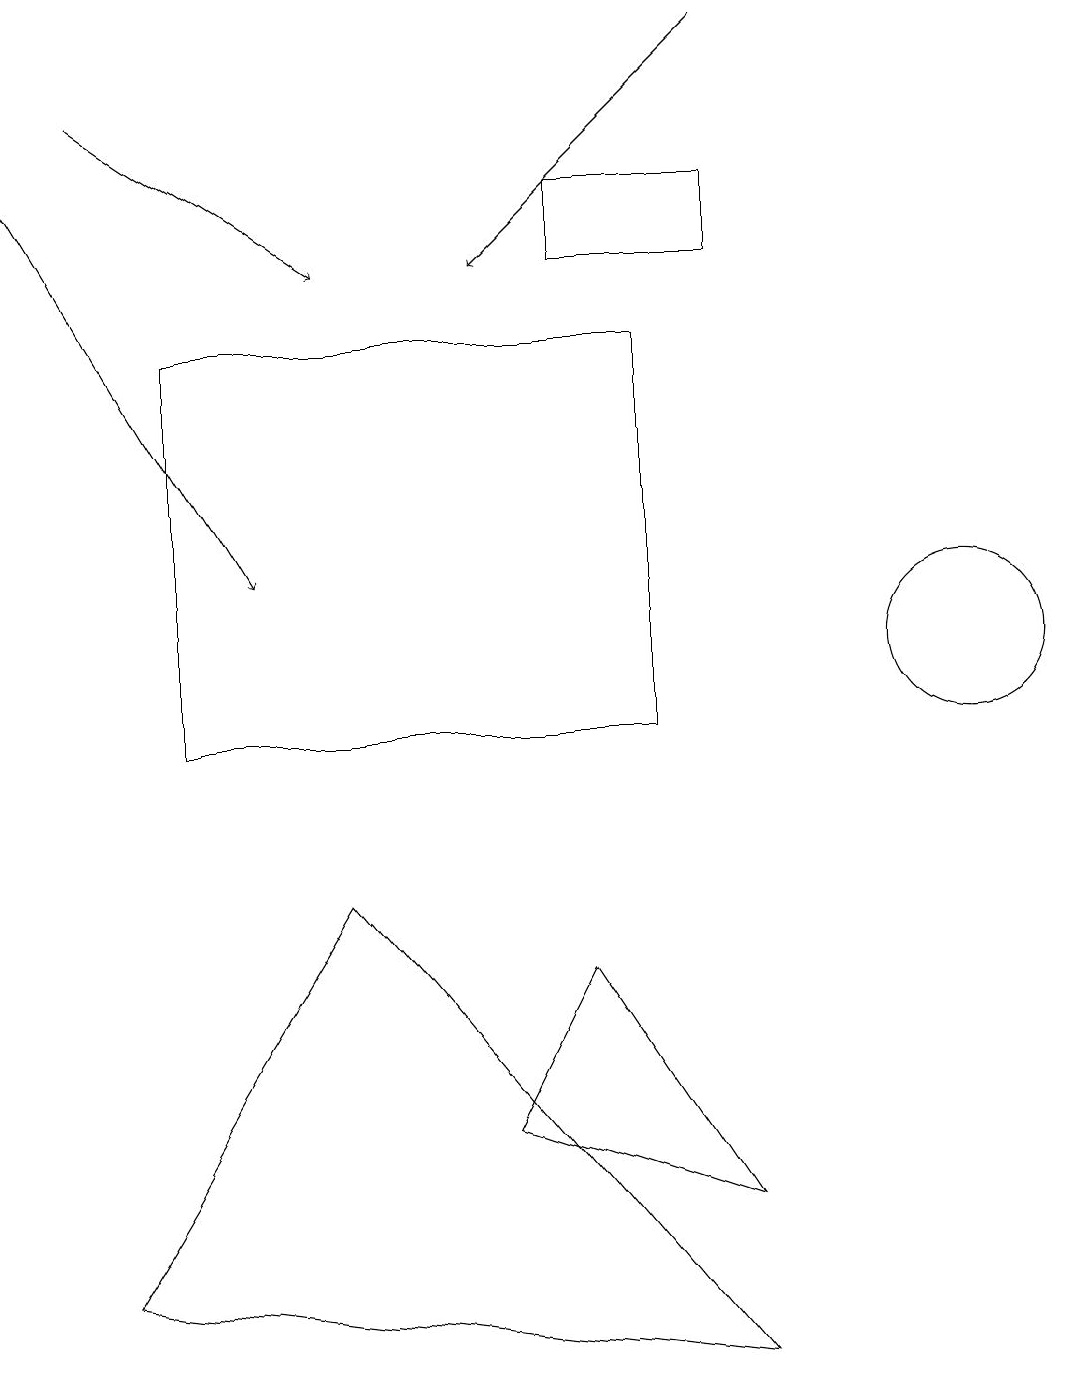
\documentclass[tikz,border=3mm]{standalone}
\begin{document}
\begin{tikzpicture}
\draw[->] (9,19) -- (6,16);
\draw (7,7) -- (6,5) -- (9,4) -- cycle;
\draw (2,15) rectangle (8,10);
\draw[->] (1,18) -- (4,16);
\draw (4,8) -- (9,2) -- (1,3) -- cycle;
\draw (12,11) circle (1);
\draw (7,16) rectangle (9,17);
\draw[->] (0,17) -- (3,12);
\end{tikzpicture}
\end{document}